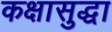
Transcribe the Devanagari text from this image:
कक्षासुद्धा